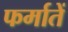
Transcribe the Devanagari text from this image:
फर्मातें